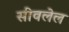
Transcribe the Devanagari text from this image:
सीवलेल